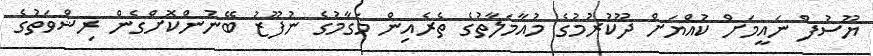
ޔޫސުފް ނައީމަށް ކުއްޔަށް ދޫކުރުމުގެ މުއާމަލާތުގެ ތެރެއިން މަގާމުގެ ނުފޫޒު ބޭނުންކޮށްގެން ރިޝްވަތުގެ